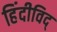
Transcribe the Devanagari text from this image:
हिंदीविद्‍